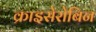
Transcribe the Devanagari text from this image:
क्राइसेरोबिन